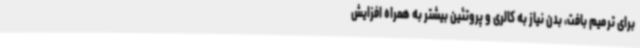
برای ترمیم بافت، بدن نیاز به کالری و پروتئین بیشتر به همراه افزایش